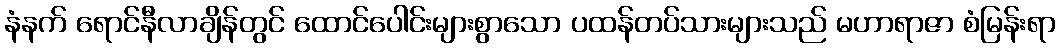
နံနက် ရောင်နီလာချိန်တွင် ထောင်ပေါင်းများစွာသော ပထန်တပ်သားများသည် မဟာရာဇာ စံမြန်းရာ